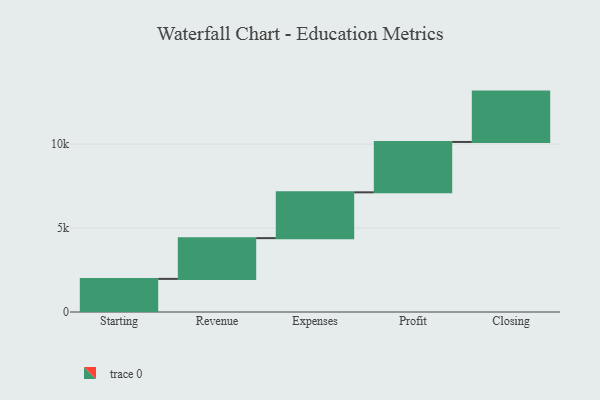
{"axis": {"x": "Step", "y": "Value"}, "legend": [""], "data": [{"x": "Starting", "y": 1973.0, "type": ""}, {"x": "Revenue", "y": 2427.0, "type": ""}, {"x": "Expenses", "y": 2729.0, "type": ""}, {"x": "Profit", "y": 3000, "type": ""}, {"x": "Closing", "y": 3000, "type": ""}]}